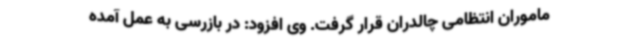
ماموران انتظامی چالدران قرار گرفت. وی افزود: در بازرسی به عمل آمده